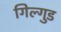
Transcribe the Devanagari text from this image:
गिल्गुड